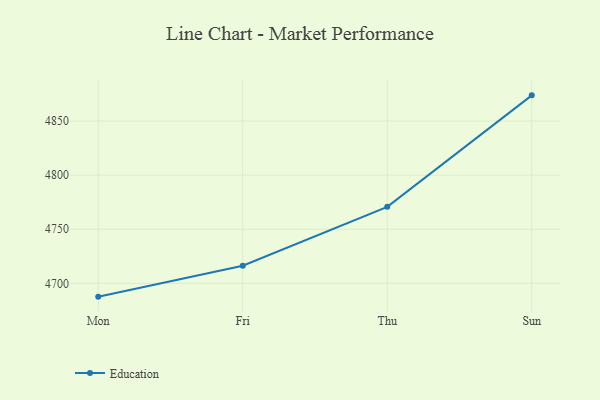
{"axis": {"x": "Day", "y": "Bounce Rate (%)"}, "legend": ["Education"], "data": [{"x": "Mon", "y": 4687.7, "type": "Education"}, {"x": "Fri", "y": 4716.3, "type": "Education"}, {"x": "Thu", "y": 4770.7, "type": "Education"}, {"x": "Sun", "y": 4873.8, "type": "Education"}]}